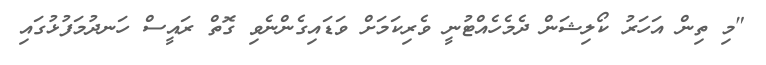
"މި ތިން އަހަރު ކޯލިޝަން ދެމެހެއްޓުނީ ވެރިކަމަށް ވަޑައިގެންނެވި ގޮތް ރައީސް ހަނދުމަފުޅުގައި